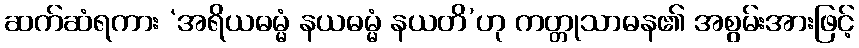
ဆက်ဆံရကား ‘အရိယဓမ္မံ နယဓမ္မံ နယတိ’ဟု ကတ္တုသာဓန၏ အစွမ်းအားဖြင့်